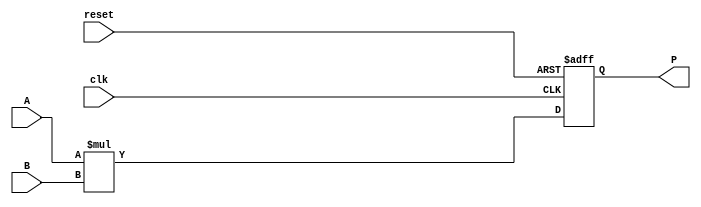
module parameterized_multiplier #(
    parameter WIDTH_A = 8,   // Bit-width of first operand A
    parameter WIDTH_B = 8,   // Bit-width of second operand B
    parameter WIDTH_P = WIDTH_A + WIDTH_B  // Bit-width of output product P
)(
    input  wire [WIDTH_A-1:0] A,  // First operand
    input  wire [WIDTH_B-1:0] B,  // Second operand
    input  wire clk,               // Clock signal
    input  wire reset,             // Active-high reset signal
    output reg  [WIDTH_P-1:0] P    // Output product
);

// Synchronous process for multiply operation
always @(posedge clk or posedge reset) begin
    if (reset) begin
        P <= 0;  // Reset product to 0
    end else begin
        P <= A * B;  // Perform multiplication
    end
end

endmodule